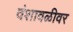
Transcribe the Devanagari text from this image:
वंशावळीवर